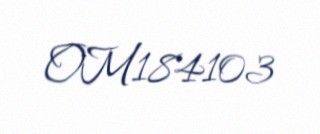
OM184103